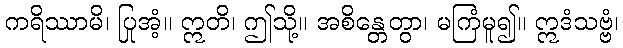
ကရိဿာမိ၊ ပြုအံ့။ ဣတိ၊ ဤသို့။ အစိန္တေတွာ၊ မကြံမူ၍။ ဣဒံသဗ္ဗံ၊